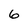
Character: 6